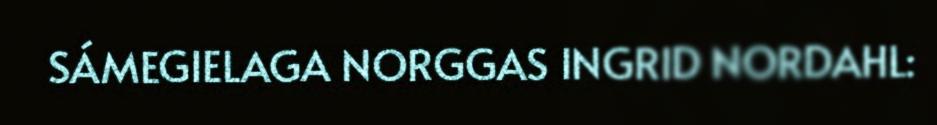
SÁMEGIELAGA NORGGAS INGRID NORDAHL: